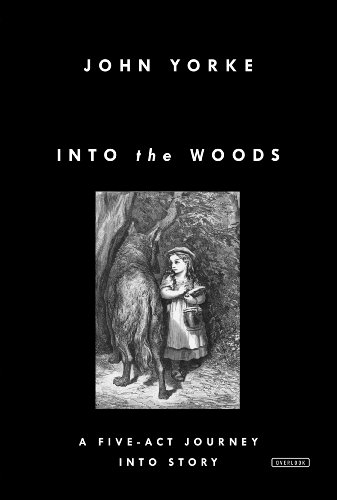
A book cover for Into the Woods: A Five-Act Journey Into Story; John Yorke; Humor & Entertainment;